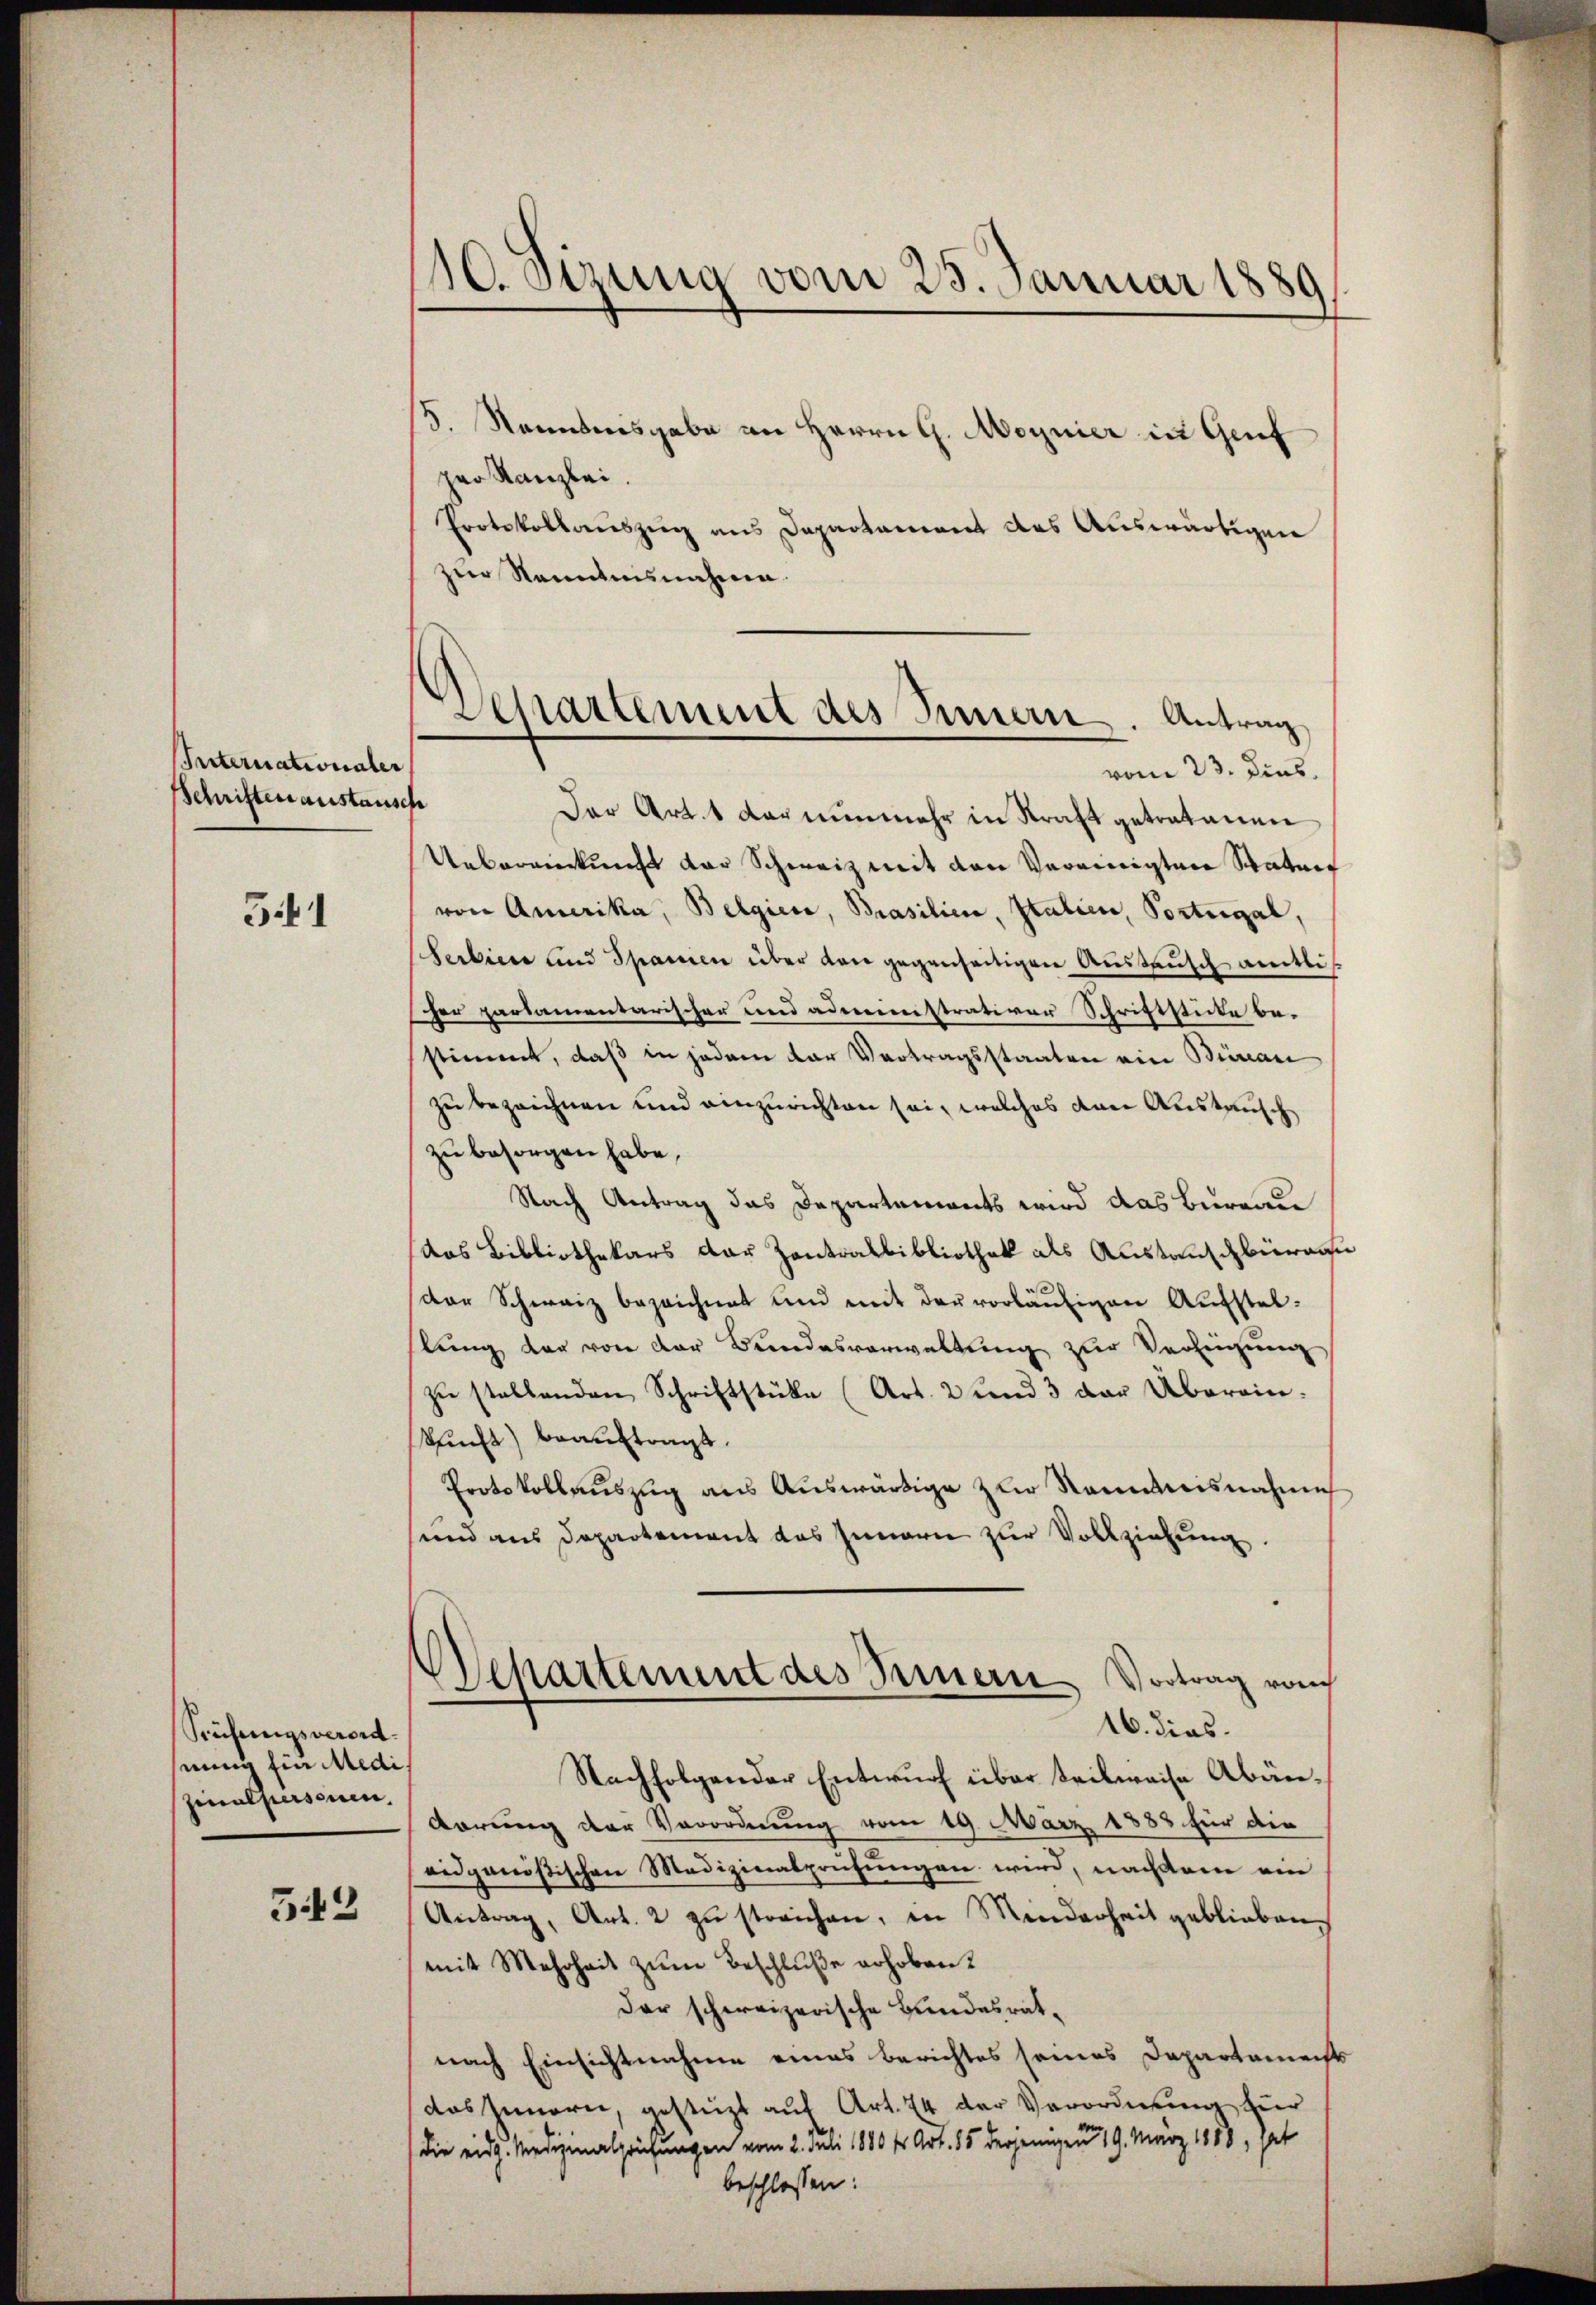
Internationaler
Schriften austausch

54

Seufungsverordseine Ein Medi
zinalpersonen,

543

10. Sizung vom 25. Januar 1889

5. Nenntnisgabe an Herrn G. Moynier in Gruf
per Kanzlei.
Protokollauszug aus Departament das Auswärtigen
zur Sonntesnahme.
Der Art. 1 der nunmehr in Kraft getretenen
Uebereinkunft der Schweiz mit den Vereinigten Statur
von Amerika, Belgiere, Brasilien, Italien, Portugal,
Serbiere und Spanien über den gegenseitigen Aŭstaŭsch amtli
er partamentarischer und administrativer Schriftstücke be-
stimmt, daß in jedem der Vertragsstaaten ein Beinan
zu bezeichnen und einzurichten sei, welches den Austausch
zu besorgen habe,
Nach Antrag das Departements wird das Bureau
das Bibliothekars der Zentralbibliothek als Austauschbüra
der Schweiz bezeichnet und mit der vorläufigen Aufstellung der von der Bundesverwaltung zur Verfeigung
zŭ stellenden Schriftstüke (Art. 2 und 3 der Überein.
kunft) beauftragt.
Protokollauszug aus Auswärtige zur Rommisnahme
und aus Departement das Innern zur Vollziehung.
Departement des Minern Vortrag vom
16. dies
Nachfolgender Entwurf über teilweise Abändörung der Verordnung vom 19. März 1888 für die
eidgenößischen Medizinalprüfungen wird, nachdem ein
Antrag, Art. 2 zu streichen, in Minderheit geblieben,
mit Mehrheit zum Beschluße erhoben.
der schweizerische Bundesratnach Einsichtnahme eines Berichtes seines Departements
das Innern, gestützt auf Art. 74 der Verordnung zuer
die eidg. Medizinalprüfungen vom 2. Juli 1880 fr. Art. 15 derjenigen 19. März 1888, sat

Departement des Sinnern. Antrag
vom 23. Dins.